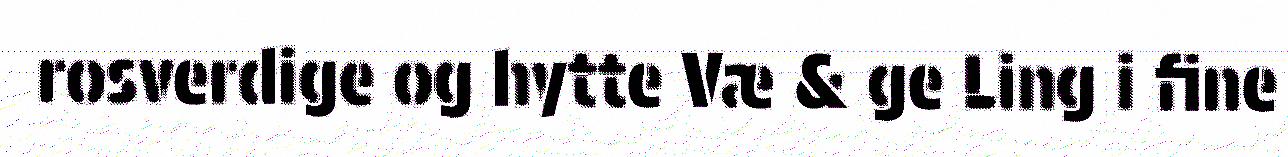
rosverdige og hytte Væ & ge Ling i fine